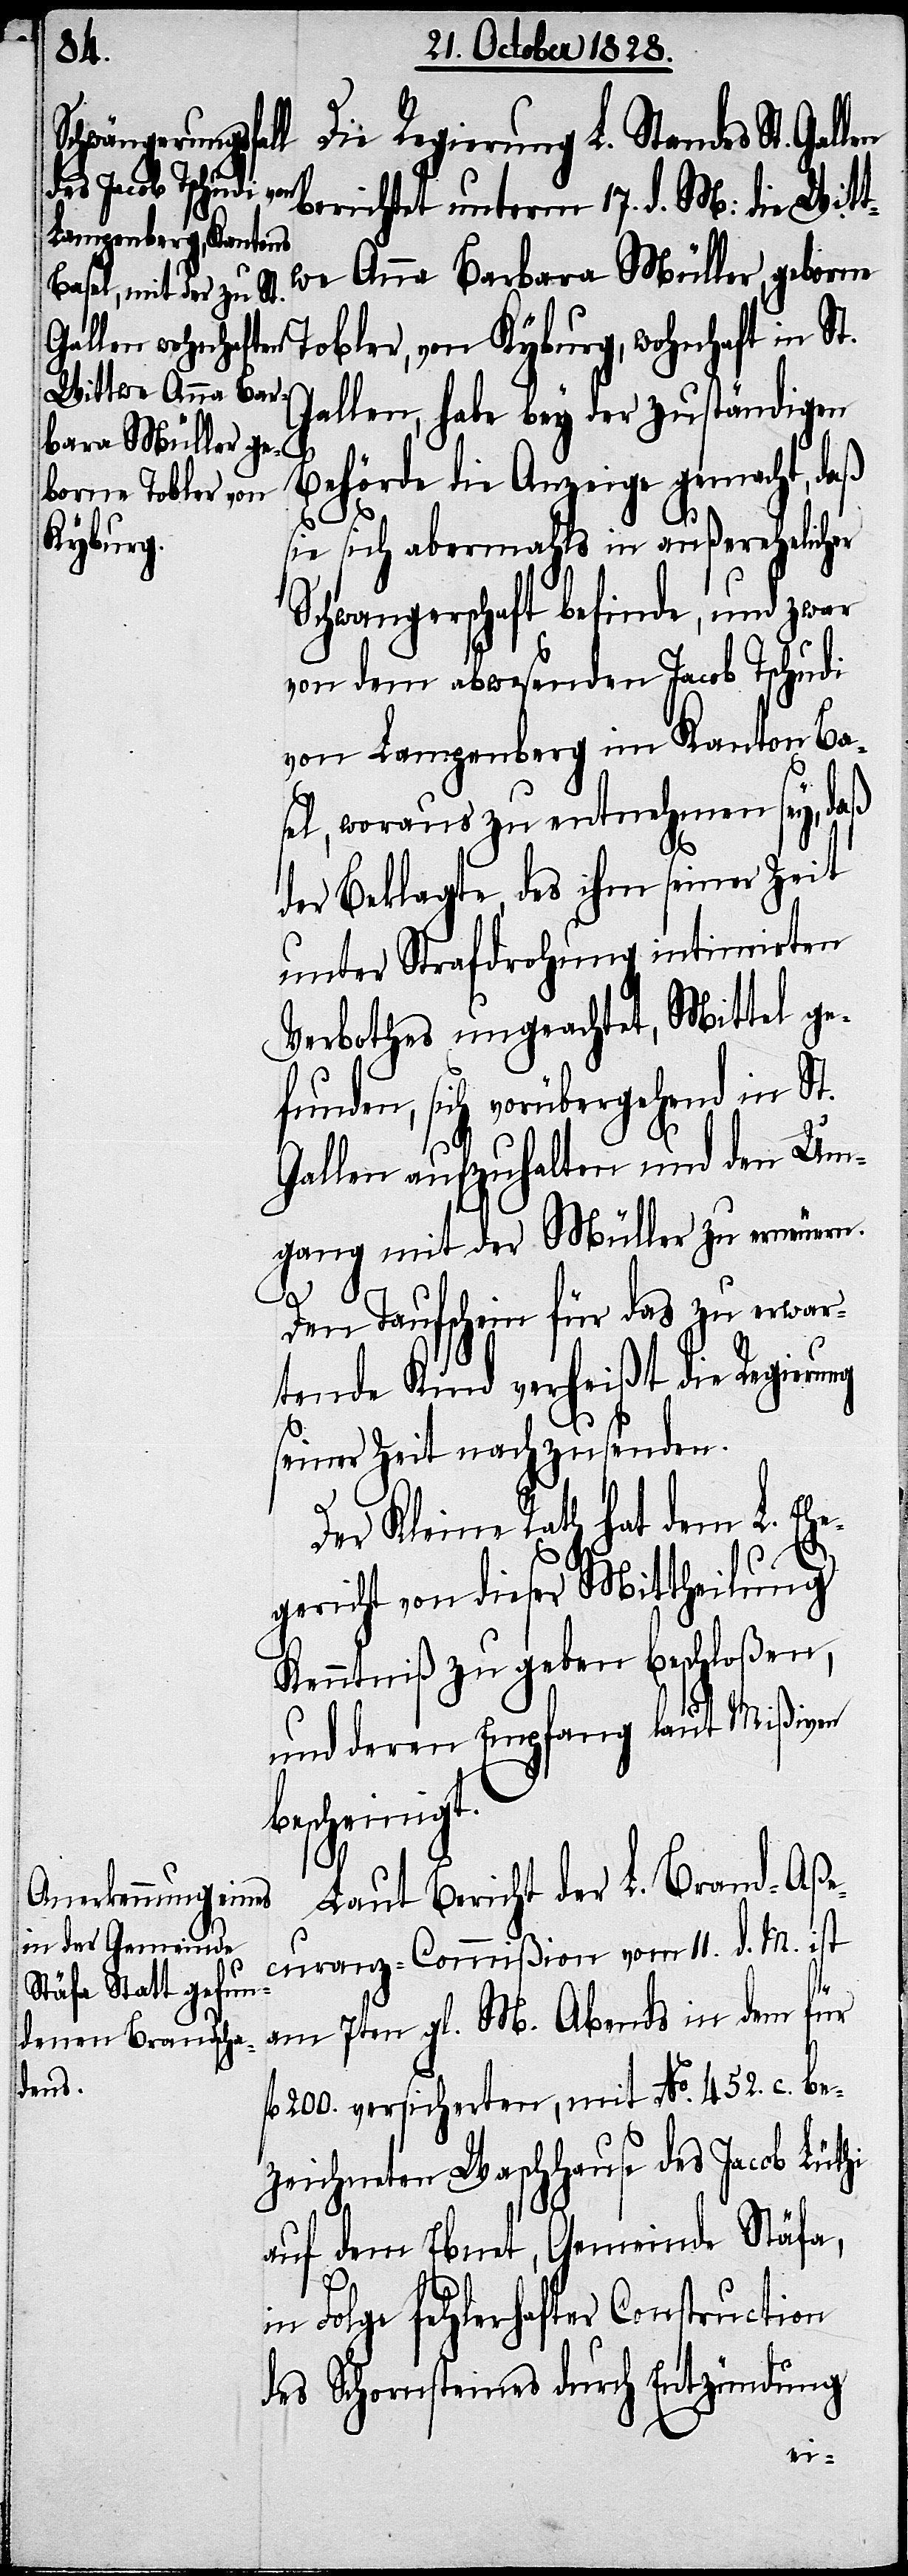
Die Regierung L. Standes St. Gal¬
berichtet unterm 17. d. M: die Witt¬
we Anna Barbara Müller, geborne
Tobler, von Kyburg, wohnhaft in St.
Gallen, habe bey der zuständigen
Behörde die Anzeige gemacht, daß
sie sich abermahls in außerehelicher
Schwangerschaft befinde, und zwar
von dem abwesenden Jacob Tschudi
von Langenberg im Kanton Ba¬
sel, woraus zu entnehmen sey, daß
der Beklagte, des ihm seiner Zeit
unter Strafdrohung intimirten
Verbothes ungeachtet, Mittel ge¬
funden, sich vorübergehend in St.
Gallen aufzuhalten und den Um¬
gang mit der Müller zu erneuern.
Den Taufschein für das zu erwar¬
tende Kind verheißt die Regierung
seiner Zeit nachzusenden.
Der Kleine Rath hat dem L. Ehe¬
gericht von dieser Mittheilung
Kenntniß zu geben beschloßen,
und deren Empfang laut Mißiven
bescheinig¬
Laut Bericht der L. Brand-Aße¬
curanz-Commißion vom 11. d. M. ist
t.
am 7ten gl. M. Abends in dem für
fl. 200. versicherten, mit No. 452. c. be¬
zeichneten Waschhause des Jacob Lüthi
auf dem Ebnet, Gemeinde Stäfa,
in Folge fehlerhafter Construction
des Schornsteines durch Entzündung